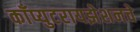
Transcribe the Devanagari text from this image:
काँप्युटरायझेशनचे